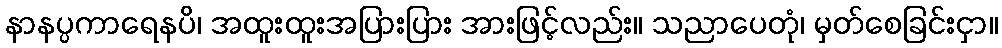
နာနပ္ပကာရေနပိ၊ အထူးထူးအပြားပြား အားဖြင့်လည်း။ သညာပေတုံ၊ မှတ်စေခြင်းငှာ။